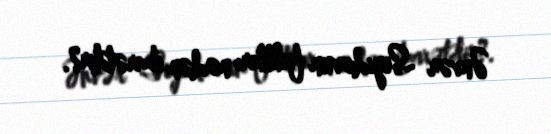
Ənvər Seyidovun faktları nədən ibarətdir?.